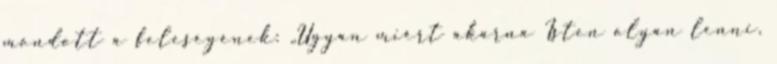
mondott a feleségének: „Ugyan miért akarna Isten olyan lenni,